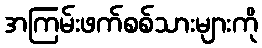
အကြမ်းဖက်စစ်သားများကို